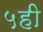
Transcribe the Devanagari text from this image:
५ही